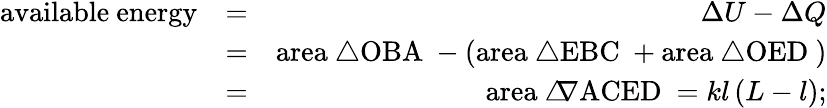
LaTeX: \begin{array}{rlr}{\mathrm{available~energy}}&{=}&{\Delta U-\Delta Q}\\ &{=}&{\mathrm{area~\triangle{OBA}~}-\left(\mathrm{area~\triangle{EBC}~}+\mathrm{area~\triangle{OED}~}\right)}\\ &{=}&{\mathrm{area~\triangle\! \! \! \nabla{ACED}~}=kl\left(L-l\right);}\end{array}